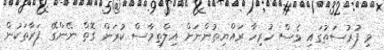
މި ފުރުސަތުގައި ވެސް ހުރިހާ ރައްޔިތުންނަށް އިލްތިމާސް ކުރަން ގޮތް ނޭންގޭ ފަރާތަކުން